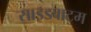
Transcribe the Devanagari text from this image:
साइडबाटम